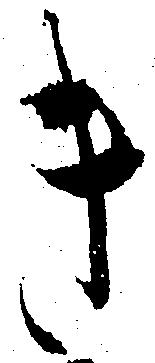
き